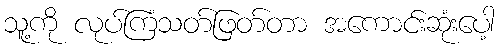
သူ့ကို လုပ်ကြံသတ်ဖြတ်တာ အကောင်းဆုံးပေါ့